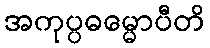
အကုပ္ပဓမ္မောပီတိ